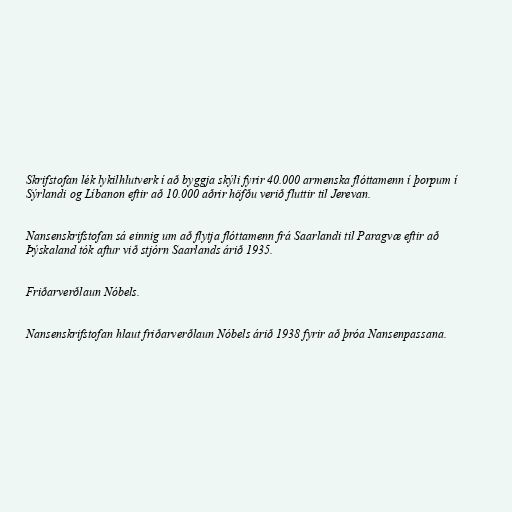
Skrifstofan lék lykilhlutverk í að byggja skýli fyrir 40.000 armenska flóttamenn í þorpum í
Sýrlandi og Líbanon eftir að 10.000 aðrir höfðu verið fluttir til Jerevan.

Nansenskrifstofan sá einnig um að flytja flóttamenn frá Saarlandi til Paragvæ eftir að
Þýskaland tók aftur við stjórn Saarlands árið 1935.

Friðarverðlaun Nóbels.

Nansenskrifstofan hlaut friðarverðlaun Nóbels árið 1938 fyrir að þróa Nansenpassana.